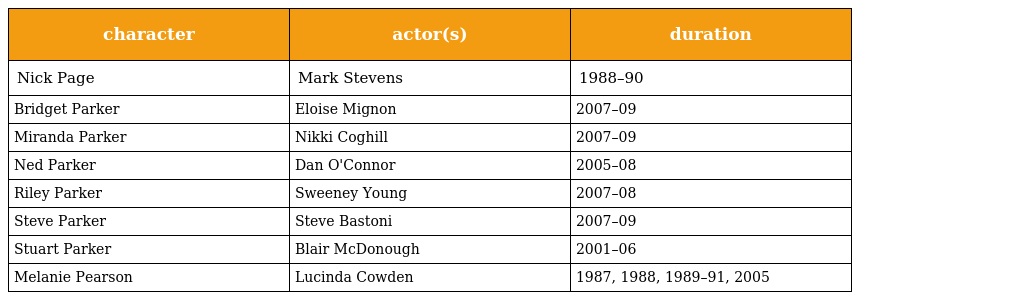
| character | actor(s) | duration |
 | --- | --- | --- |
 | Nick Page | Mark Stevens | 1988–90 |
 | Bridget Parker | Eloise Mignon | 2007–09 |
 | Miranda Parker | Nikki Coghill | 2007–09 |
 | Ned Parker | Dan O'Connor | 2005–08 |
 | Riley Parker | Sweeney Young | 2007–08 |
 | Steve Parker | Steve Bastoni | 2007–09 |
 | Stuart Parker | Blair McDonough | 2001–06 |
 | Melanie Pearson | Lucinda Cowden | 1987, 1988, 1989–91, 2005 |